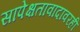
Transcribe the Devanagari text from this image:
सापेक्षतावादावरही